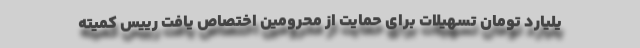
یلیارد تومان تسهیلات برای حمایت از محرومین اختصاص یافت رییس کمیته